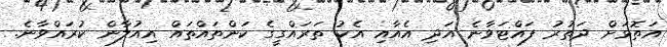
އަތޮޅަށް ދަތުރު ފައްޓަވާނެ އަދި އެއާއި އެކު ތަރައްގީގެ ކަންތައްތައް އިއުލާން ކުރައްވާނެ.